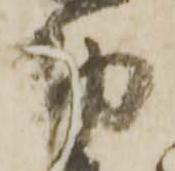
布